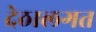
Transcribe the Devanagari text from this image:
देठालगत